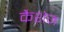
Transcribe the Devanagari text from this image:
कैशेज